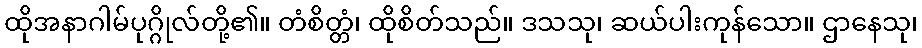
ထိုအနာဂါမ်ပုဂ္ဂိုလ်တို့၏။ တံစိတ္တံ၊ ထိုစိတ်သည်။ ဒသသု၊ ဆယ်ပါးကုန်သော။ ဌာနေသု၊